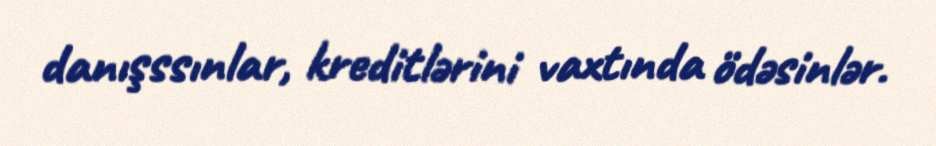
danışssınlar, kreditlərini vaxtında ödəsinlər.